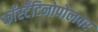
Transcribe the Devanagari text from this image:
काँस्टँटिनोपोलवर